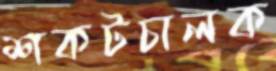
শকটচালক